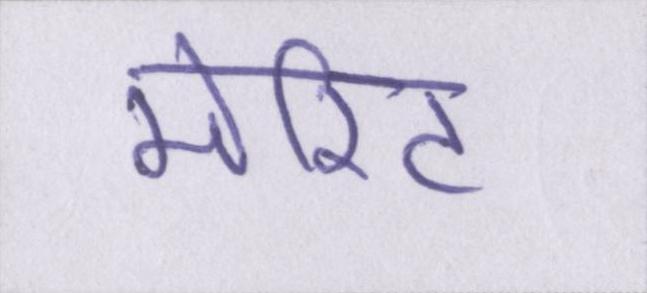
मेरिट